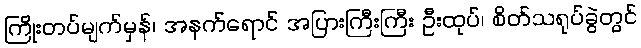
ကြိုးတပ်မျက်မှန်၊ အနက်ရောင် အပြားကြီးကြီး ဦးထုပ်၊ စိတ်သရုပ်ခွဲတွင်